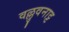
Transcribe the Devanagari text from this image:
वल्लुवनाट्ट